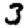
Digit: 3